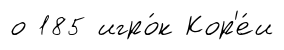
о 185 игро́к Кор'е́и